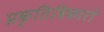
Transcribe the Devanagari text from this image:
प्रकृतिविकारों